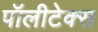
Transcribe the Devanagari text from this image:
पॉलीटेक्स